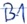
Text: B1